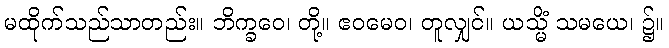
မထိုက်သည်သာတည်း။ ဘိက္ခဝေ၊ တို့။ ဧဝမေဝ၊ တူလျှင်။ ယသ္မိံ သမယေ၊ ၌။